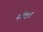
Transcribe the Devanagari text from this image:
नर्रंदेरा